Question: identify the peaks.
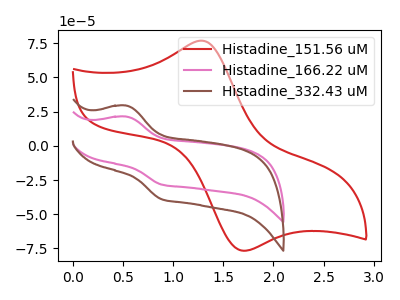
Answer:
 <answer>The red curve "Histadine_151.56 uM" has an anodic peak at (1.30V, 76.70uA) and a cathodic peak at (1.70V, -76.65uA). The pink curve "Histadine_166.22 uM" has an anodic peak at (0.55V, 21.30uA) and a cathodic peak at (0.90V, -28.30uA). The brown curve "Histadine_332.43 uM" has an anodic peak at (0.55V, 29.35uA) and a cathodic peak at (0.90V, -38.95uA).</answer>
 <eval></eval>